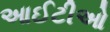
આઈટીઓ